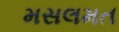
મસલમત